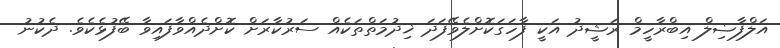
އަލްފާޟިލް އިބްރާހީމް ރަޝީދު އަކީ ފާހަގަކޮށްލެވޭފަދަ ޚިދުމަތްތަކެއް ސަރުކާރަށް ކޮށްދެއްވާފައިވާ ބޭފުޅެކެވެ. ދެކުނު